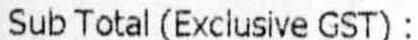
SUB TOTAL (EXCLUSIVE GST) :